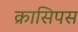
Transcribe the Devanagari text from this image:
क्रासिपस